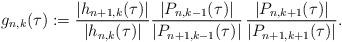
LaTeX: \begin{align*}g_{n,k}(\tau):=\frac{|h_{n+1,k}(\tau)|}{|h_{n,k}(\tau)|}\frac{|P_{n,k-1}(\tau)|}{|P_{n+1,k-1}(\tau)|}\,\frac{|P_{n,k+1}(\tau)|}{|P_{n+1,k+1}(\tau)|}.\end{align*}